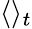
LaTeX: \langle\rangle_{t}